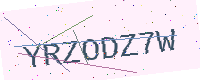
Text: YRZODZ7W